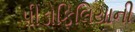
પીડોફિલિયાની